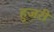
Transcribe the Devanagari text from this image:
हुजरी